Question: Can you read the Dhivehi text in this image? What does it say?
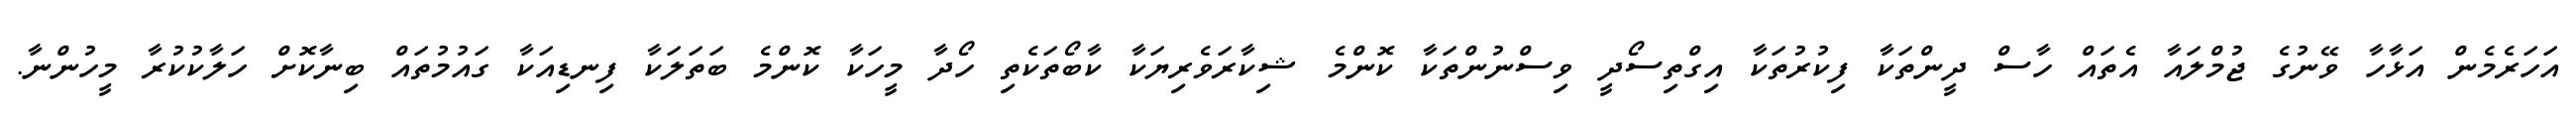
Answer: އަހަރެމެން އަޅާހާ ވޭނުގެ ޖުމްލައާ އެތައް ހާސް ދީންތަކާ ފިކުރުތަކާ އިގްތިސޯދީ ވިސްނުންތަކާ ކޮންމެ ޝިކާރަވެރިޔަކާ ކާބޯތަކެތި ހޯދާ މީހަކާ ކޮންމެ ބަތަލަކާ ފިނޑިއަކާ ގައުމުތައް ބިނާކޮށް ހަލާކުކުރާ މީހުންނާ.